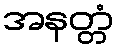
အနတ္တံ